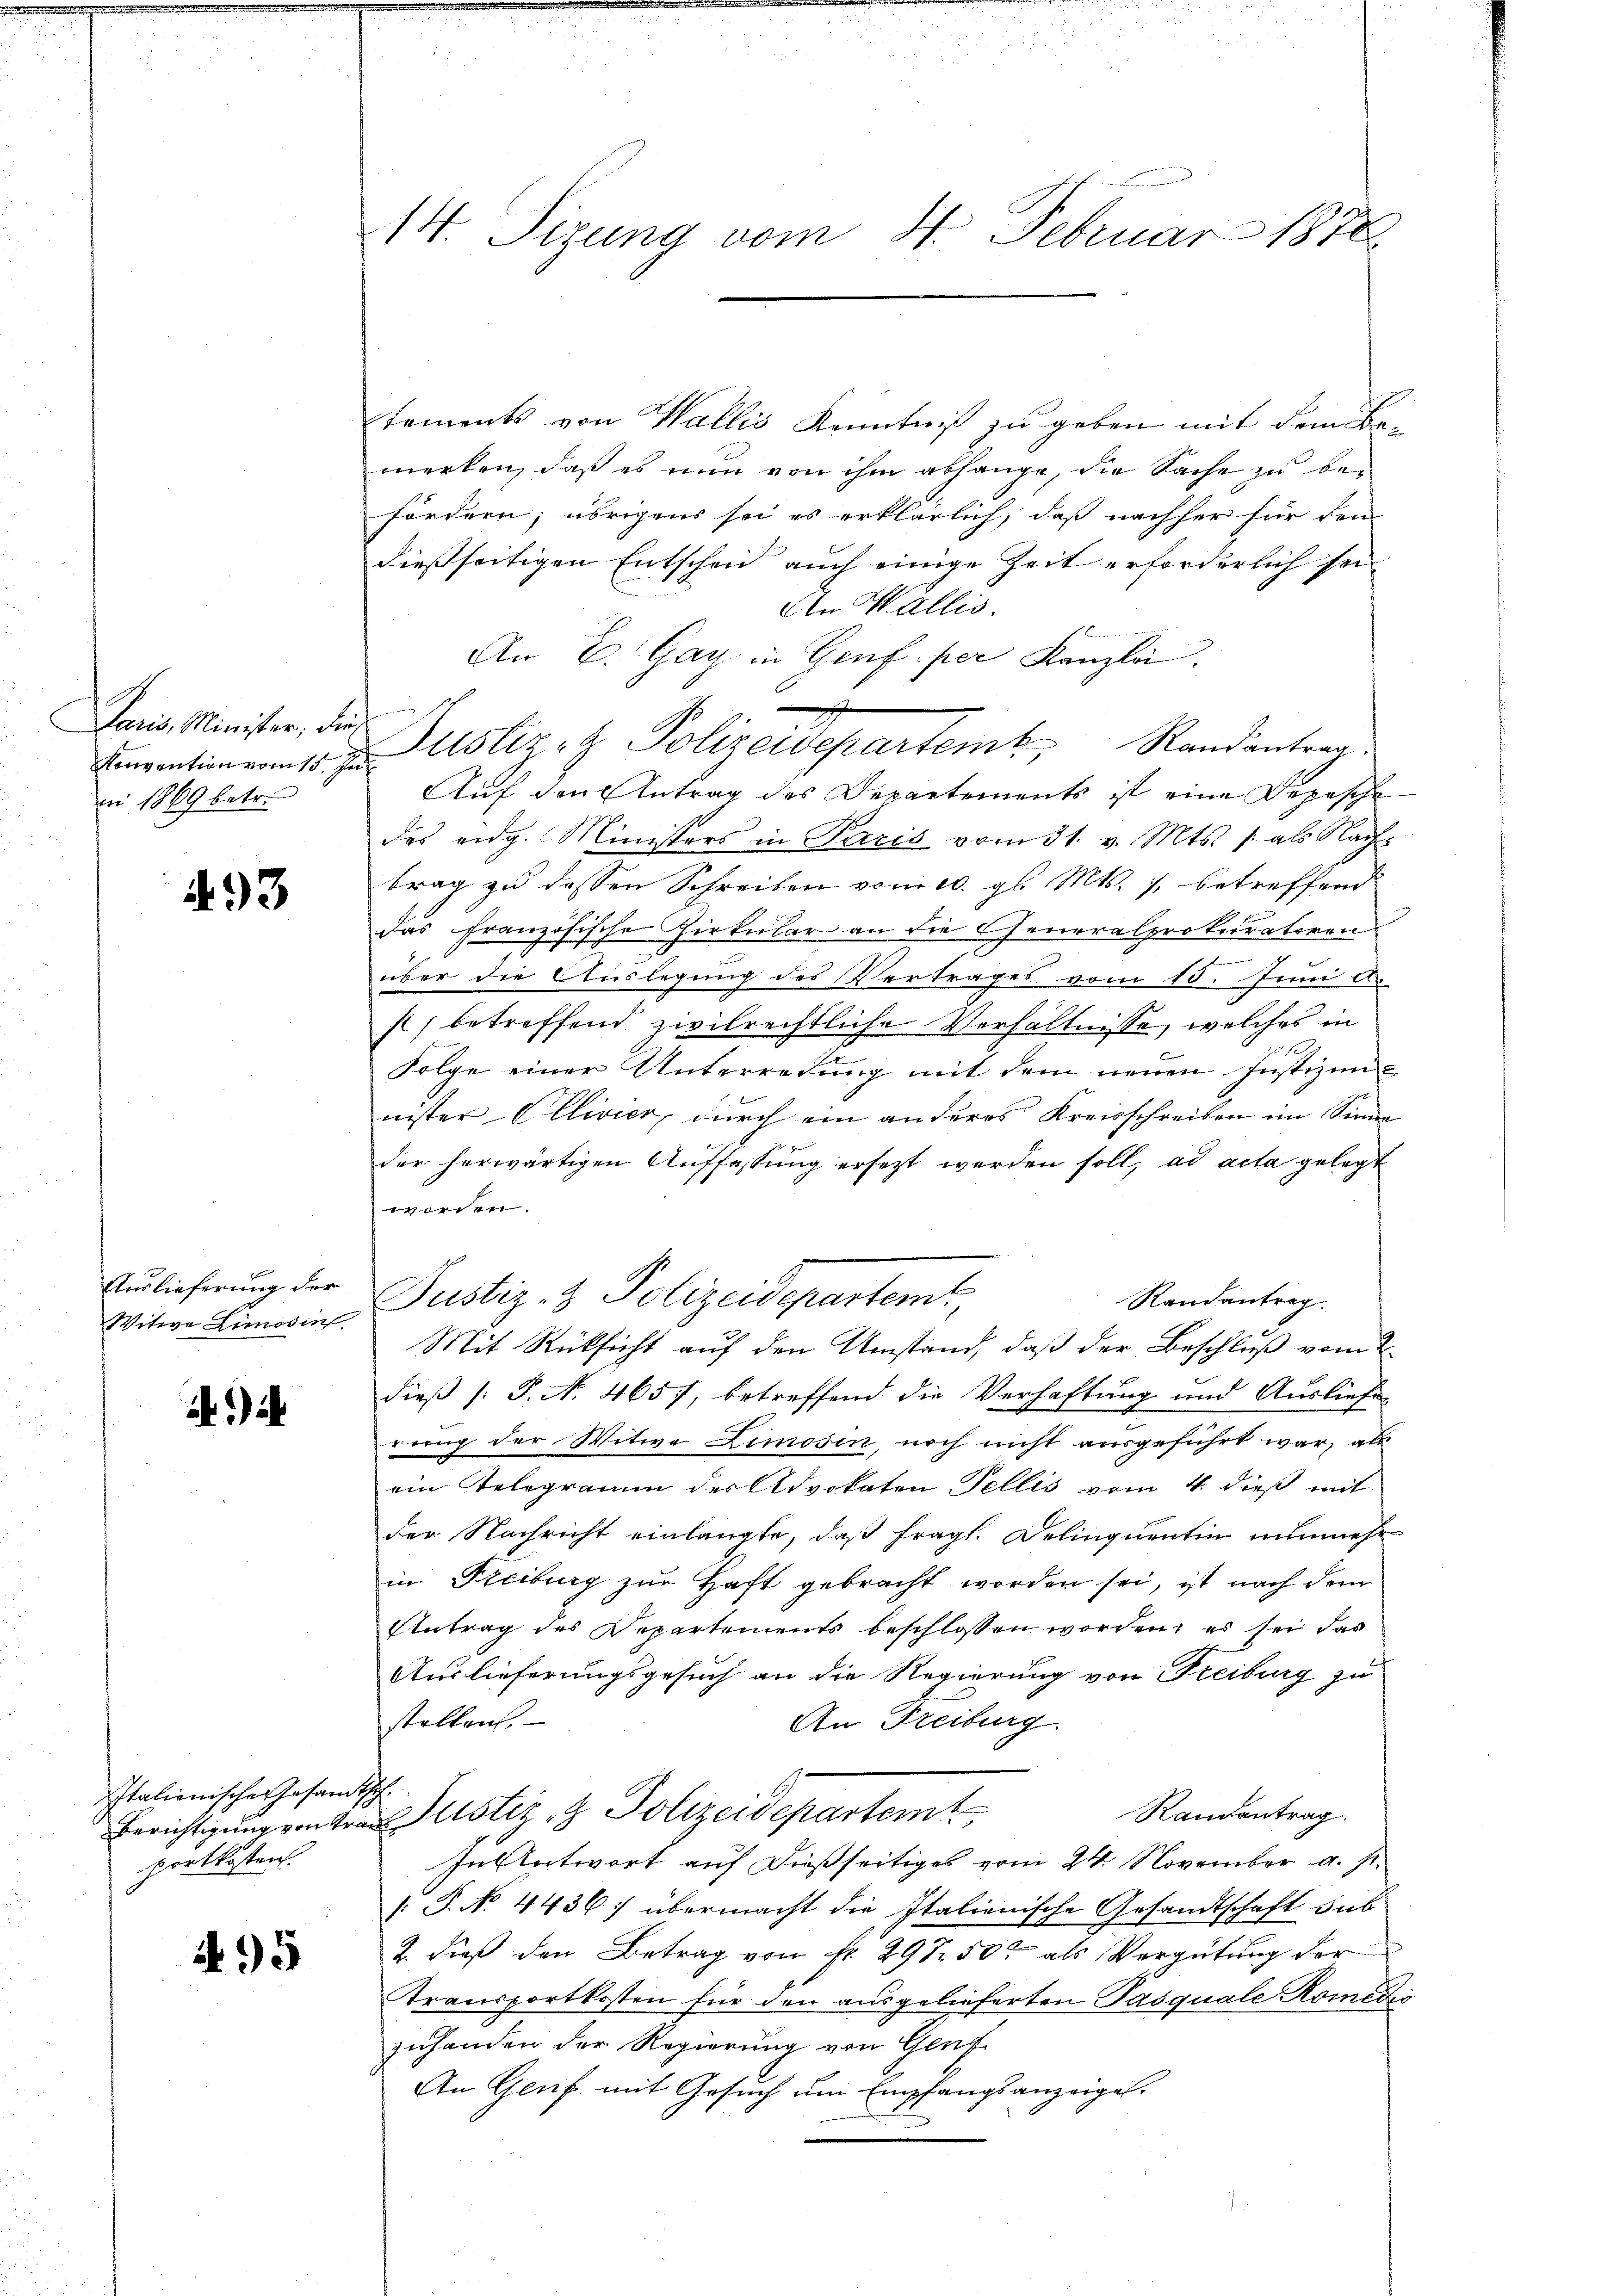
Paris, Minister, dies
ni 1869 betr.

493

Auslieferung der
Witwe Limosin

i

Italienischer Gesamportkosten.

495

14. Sizung vom 4. Februar 1878.

tements von Wallis Kenntniß zu geben mit dem Bemerken, daß es nun von ihm abhänge, die Sache zu befördern; übrigens sei es erklärlich, daß nachher für den
dießseitigen Entscheid auch einige Zeit erforderlich sei
Ain Wallis.
An E. Gay in Genf per Kanzlei.
e
Konvention vom 15. Justiz- & Polizeideparten Randantrag
Auf den Antrag des Departements ist eine Depesche
des eidg. Ministers in Paris vom 31. v. Mts. /: als Nachs
trag zu dessen Schreiben vom 10. gl. Mts. 1. betreffend
das französische Zirkular an die Generalprokuratoren
über die Auslegung des Vertrages vom 15. Juni a.
s) betreffend zivilrechtliche Verhältnisse, welches in
Folge einer Unterredung mit dem neuen Justizunnister Ellivier, durch ein anderes Kreisschreiben im Sinne
der herwärtigen Auffassung ersezt werden soll, ad acta gelegt
worden.
Justiz- & Polizeidepartemt,
Randantrag.
Mit Rücksicht auf den Umstand, daß der Beschluß vom 2.
dieß (: P. N. 465, betreffend die Verhaftung und Ausliefe
rung der Witwe Limosen, noch nicht ausgeführt war, als
ein Gelegramm der Advokaten Fellis vom 4. dieß mit
der Nachricht einlangte, daß fragt. Delinquentin nunmehr
in Freiburg zur Haft gebracht worden sei, ist nach dem
Antrag des Departement beschlossen worden; es sei das
Auslieferungsgesuch an die Regierung von Freiburg zu
stalten.
An Freiburg
Sch.
Randantrag.
Berichtigung von ten Justiz & Polizeidepartem
In Antwort auf dießseitiges vom 24. November a. p.
 P. No. 4436: übermacht die Italienische Gesandtschaft sub
2. dieß den Betrag von fr. 297 50 als Vergütung der
Transportkosten für den ausgelieferten Pasquale Romedis
zuhanden der Regierung von Genf
An Genf mit Gesuch um Empfangsanzeigel.